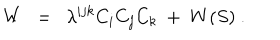
W ~ ~ = ~ ~ \lambda ^ { i j k } C _ { i } C _ { j } C _ { k } ~ + ~ W ( S ) ~ .